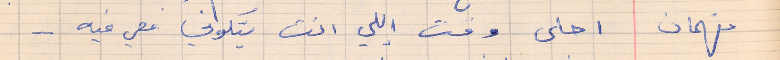
فهمان    احلى وقت إللي انت بتكوني معي فيه  . .